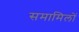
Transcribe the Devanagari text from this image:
समामिलों